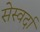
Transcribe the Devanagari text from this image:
सेस्वर्दा